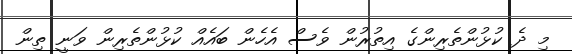
މި ދެ ކުޅުންތެރިންގެ އިތުރުން ވެސް އެހެން ބައެއް ކުޅުންތެރިން ވަނީ ތިން